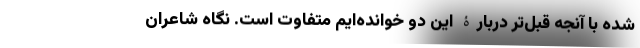
شده با آنجه قبل‌تر دربارۀ این دو خوانده‌ایم متفاوت است. نگاه شاعران